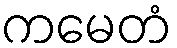
ကမေတံ